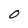
Character: 0